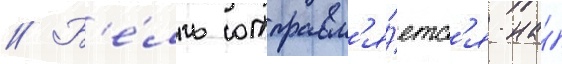
// Б'е́лль отправл'я́етс'я на́